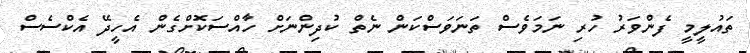
ތައުލީމީ ފެންވަރު ހުރި ނަމަވެސް ތަނަވަސްކަން ނެތް ކުދިންނަށް ހާއްސަކޮށްގެން އެހީދޭ އެކްސެސް